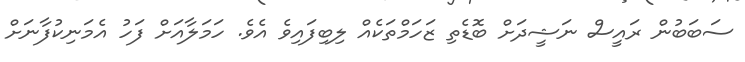
ސަބަބުން ރައީސް ނަޝީދަށް ބޮޑެތި ޒަހަމްތަކެއް ލިބިފައިވެ އެވެ. ހަމަލާއަށް ފަހު އެމަނިކުފާނަށް